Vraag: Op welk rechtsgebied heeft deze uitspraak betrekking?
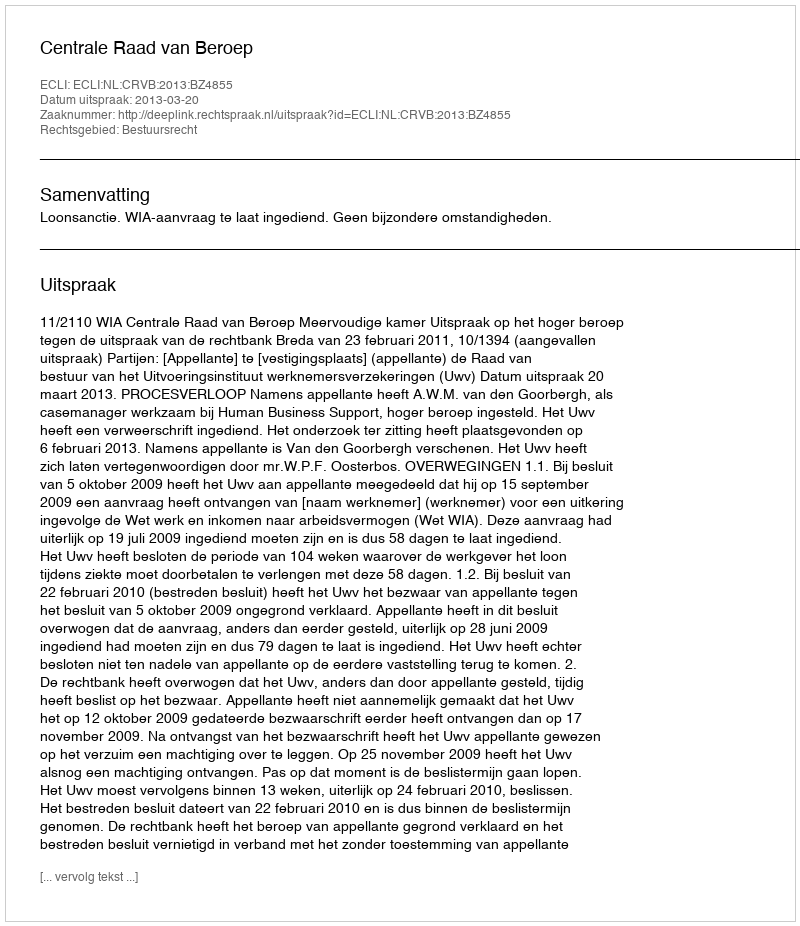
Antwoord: Bestuursrecht